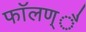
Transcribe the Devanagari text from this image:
फाॅलण्ै